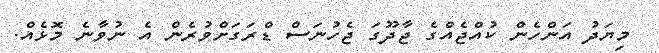
މިޔަދު އަންހެން ކުއްޖެއްގެ ޖާދޫގަ ޖެހުނަސް ޑްރަގަށްވުރެން އެ ނުވާނެ މޮޅެއް.